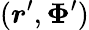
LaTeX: (\boldsymbol r^{\prime},\boldsymbol\Phi^{\prime})